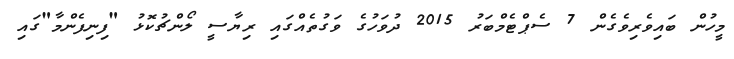
މީހުން ބައިވެރިވެގެން 7 ސެޕްޓެމްބަރު 2015 ދުވަހުގެ ވަގުތެއްގައި ރިޔާސީ ލޯންޗުކޮޅު "ފިނިފެންމާ"ގައި